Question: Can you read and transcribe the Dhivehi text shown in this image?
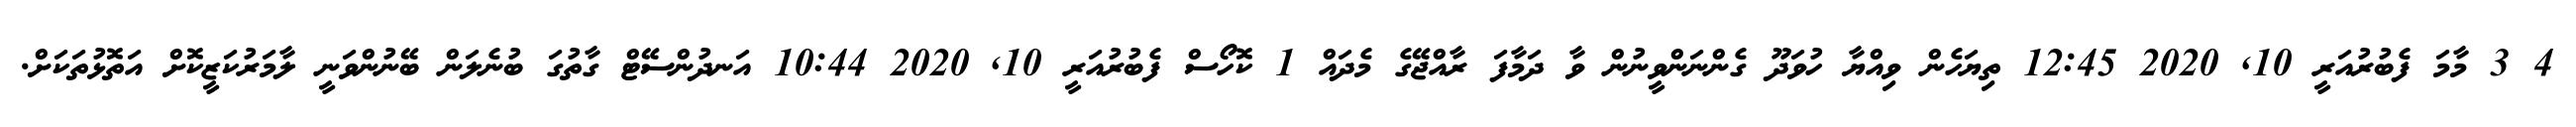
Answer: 4 3 މާމަ ފެބުރުއަރީ 10, 2020 12:45 ތިޔަހެން ވިއްޔާ ހުވަދޫ ގެންނަންވީނުން ވާ ދަމާފަ ރާއްޖޭގެ މެދައް 1 ކޮހޯސް ފެބުރުއަރީ 10, 2020 10:44 އަނދުންސޭޓް ގާތުގަ ބުނެލަން ބޭނުންވަނީ ލާމަރުކަޒީކޮށް އަތޮޅުތަކަށް.